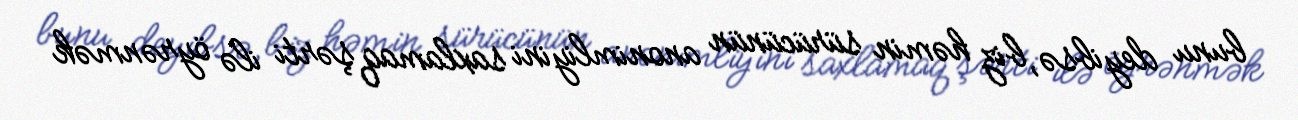
bunu deyibsə, biz həmin sürücünün anonimliyini saxlamaq şərti ilə öyrənmək